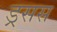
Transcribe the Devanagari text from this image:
ड्रसस